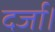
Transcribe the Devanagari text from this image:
दर्जा।